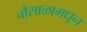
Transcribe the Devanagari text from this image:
चौसाळामधून